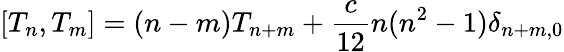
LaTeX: \left[T_{n},T_{m}\right]=(n-m)T_{n+m}+\frac{c}{12}n(n^{2}-1)\delta_{n+m,0}